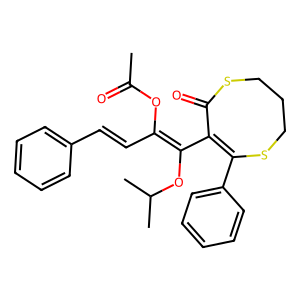
SMILES: CC(=O)OC(C=Cc1ccccc1)=C(OC(C)C)C1=C(c2ccccc2)SCCCSC1=O
Inhibits HIV replication: No